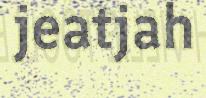
jeatjah